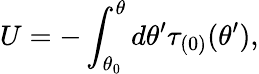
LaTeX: U=-\int_{\theta_{0}}^{\theta}d\theta^{\prime}\tau_{(0)}(\theta^{\prime}),